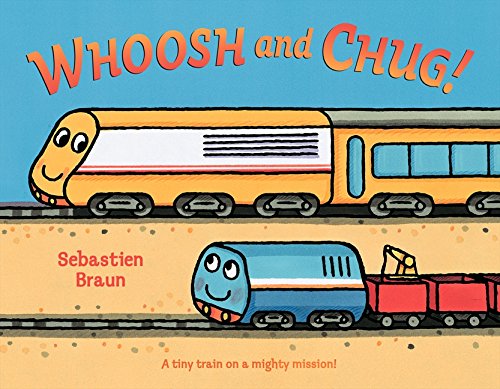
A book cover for Whoosh and Chug!; Sebastien Braun; Children's Books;